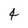
Character: 4